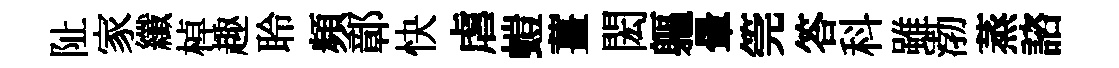
阯家纖棹趣聆頻鄣快虐螘薑閎軀暈筦答科雖渤蒸諮